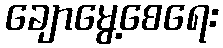
ချောမွေ့စေရေး